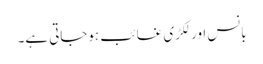
بانس اور لکڑی غائب ہوجاتی ہے۔